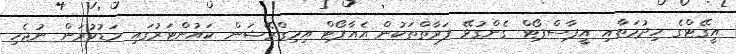
އީގޭޓްގެ ހިދުމަތާއި އީޕާސްޕޯޓް ގެންގުޅޭ ފަރާތްތަކުން އެއާޕޯޓް އިމިގްރޭޝަން ކައުންޓަރުގައި މަޑުކުރަން ނުޖެހި